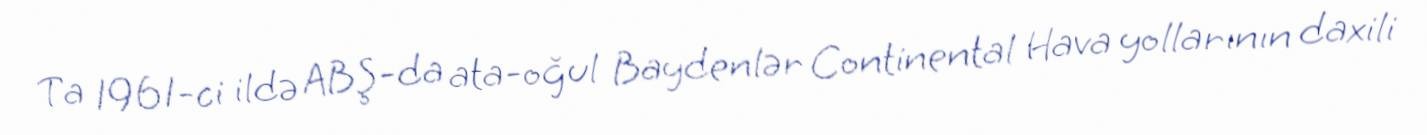
Ta 1961-ci ildə ABŞ-da ata-oğul Baydenlər Continental Hava yollarının daxili